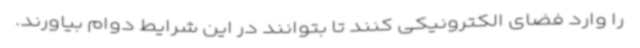
را وارد فضای الکترونیکی کنند تا بتوانند در این شرایط دوام بیاورند.